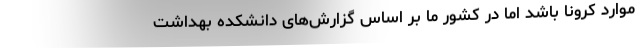
موارد کرونا باشد اما در کشور ما بر اساس گزارش‌های دانشکده بهداشت